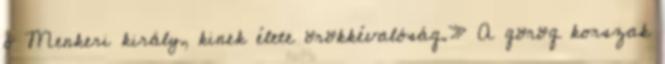
ó Menkeri király, kinek élete örökkévalóság.» A görög korszak